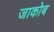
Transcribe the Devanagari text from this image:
जाकोब